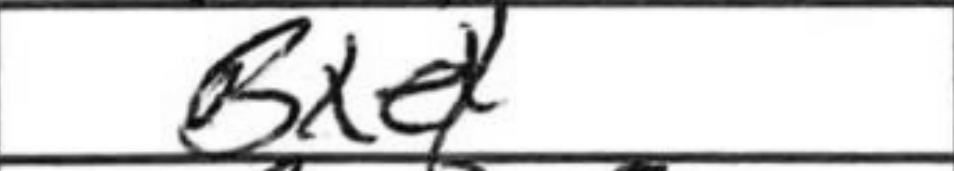
Transcription: Bxe4